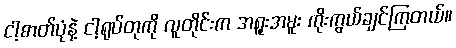
ငါ့ဓာတ်ပုံနဲ့ ငါ့ရုပ်တုကို လူတိုင်းက အရူးအမူး ကိုးကွယ်ချင်ကြတယ်။